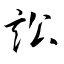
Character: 訟